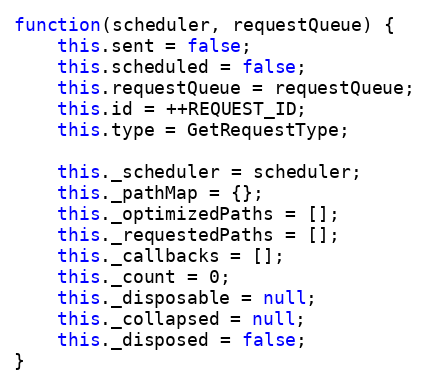
Language: JavaScript
function(scheduler, requestQueue) {
    this.sent = false;
    this.scheduled = false;
    this.requestQueue = requestQueue;
    this.id = ++REQUEST_ID;
    this.type = GetRequestType;

    this._scheduler = scheduler;
    this._pathMap = {};
    this._optimizedPaths = [];
    this._requestedPaths = [];
    this._callbacks = [];
    this._count = 0;
    this._disposable = null;
    this._collapsed = null;
    this._disposed = false;
}